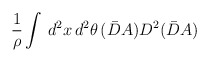
\begin{align*}\frac{1}{\rho} \int \, d^2x \, d^2 \theta \, (\bar{D} A)D^2 (\bar{D}A)\end{align*}